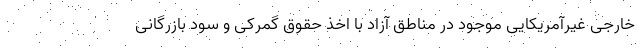
خارجی غیرآمریکایی موجود در مناطق آزاد با اخذ حقوق گمرکی و سود بازرگانی